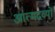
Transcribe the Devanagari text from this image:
आत्मद्रव्यों